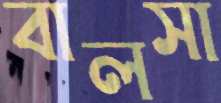
বালসা